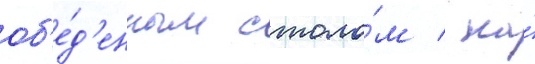
об'е́д'енным столо́м / на́